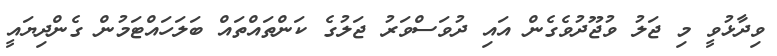
ވިދާޅުވީ މި ޖަލު ވުޖޫދުވެގެން އައި ދުވަސްވަރު ޖަލުގެ ކަންތައްތައް ބަލަހައްޓަމުން ގެންދިޔައީ